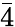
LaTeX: \bar{4}